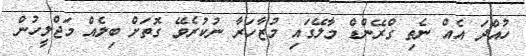
ހުއްދަ އެއް ނެތި ގްރޭންޑް މާލޭގައި މުޒާހަރާ ނުކުރެވޭ ގޮތަށް ބިލެއް މަޖްލީހުން